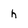
Character: h